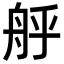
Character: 𮎇